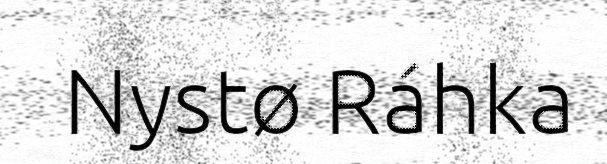
Nystø Ráhka